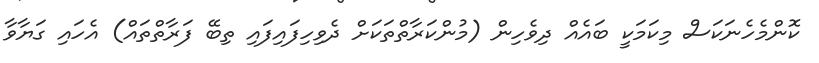
ކޮންމެހެނަކަސް މިކަމަކީ ބައެއް ދިވެހިން (މުންކަރާތްތަކަށް ދެވިހިފައިފައި ތިބޭ ފަރާތްތައް) އެހައި ގަޔާވާ